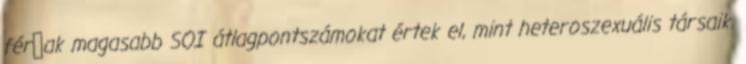
férﬁak magasabb SOI átlagpontszámokat értek el, mint heteroszexuális társaik.